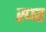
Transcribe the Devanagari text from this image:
स्प्ष्त